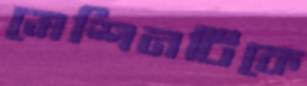
মেশিনটিকে